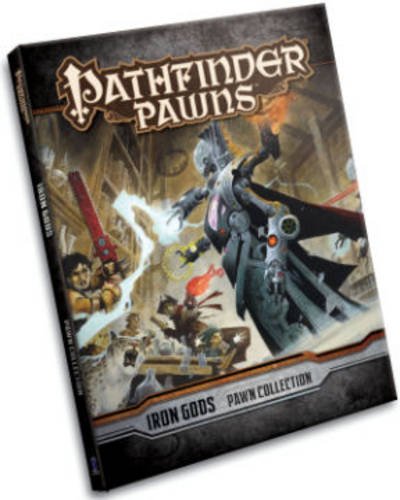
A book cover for Pathfinder Pawns: Iron Gods Adventure Path Pawn Collection; James Jacobs; Science Fiction & Fantasy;